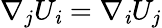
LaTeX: \nabla_{j}U_{\mathit{i}}=\nabla_{\mathit{i}}U_{j}